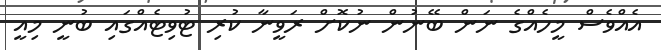
އެއްވެސް މީހެއްގެ ނަން ބޭނުން ނުކޮށް ރަވީނާ ކުރި ޓުވިޓެއްގައި ބުނީ މިއީ